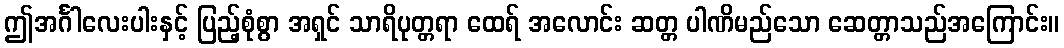
ဤအင်္ဂါလေးပါးနှင့် ပြည့်စုံစွာ အရှင် သာရိပုတ္တရာ ထေရ် အလောင်း ဆတ္တ ပါဏိမည်သော ဆေတ္တာသည်အကြောင်း။